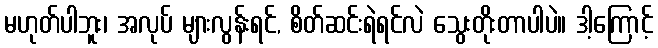
မဟုတ်ပါဘူး၊ အလုပ် များလွန်းရင်, စိတ်ဆင်းရဲရင်လဲ သွေးတိုးတာပါပဲ။ ဒါ့ကြောင့်